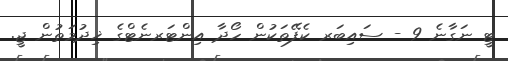
ޓީ ނަގާނެ 9 - ސައިބަރ ކެފޭތަކުން ހޯދާ އިންޓަރނެޓްގެ ޚިދުމަތުން ޖީ.